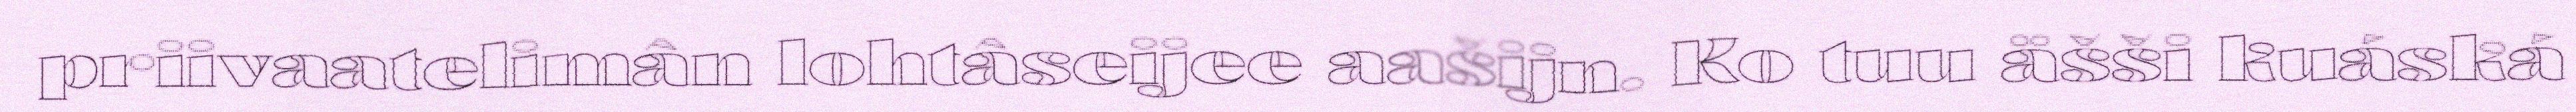
priivaatelimân lohtâseijee aašijn. Ko tuu äšši kuáská